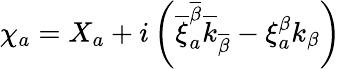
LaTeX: \chi_{a}=X_{a}+i\left(\overline{{{\xi}}}_{a}^{\overline{{{\beta}}}}\overline{{{k}}}_{\overline{{{\beta}}}}-\xi_{a}^{\beta}k_{\beta}\right)